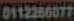
0112286077